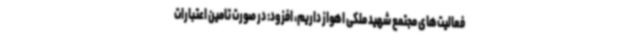
فعالیت‌های مجتمع شهید ملکی اهواز داریم، افزود: در صورت تامین اعتبارات